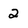
Character: 2